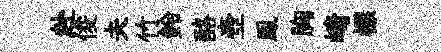
赴俊夫竹鈴酪壺鳯胸崎標